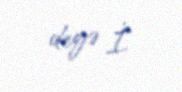
deyə İ.